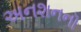
અનશનનૉ